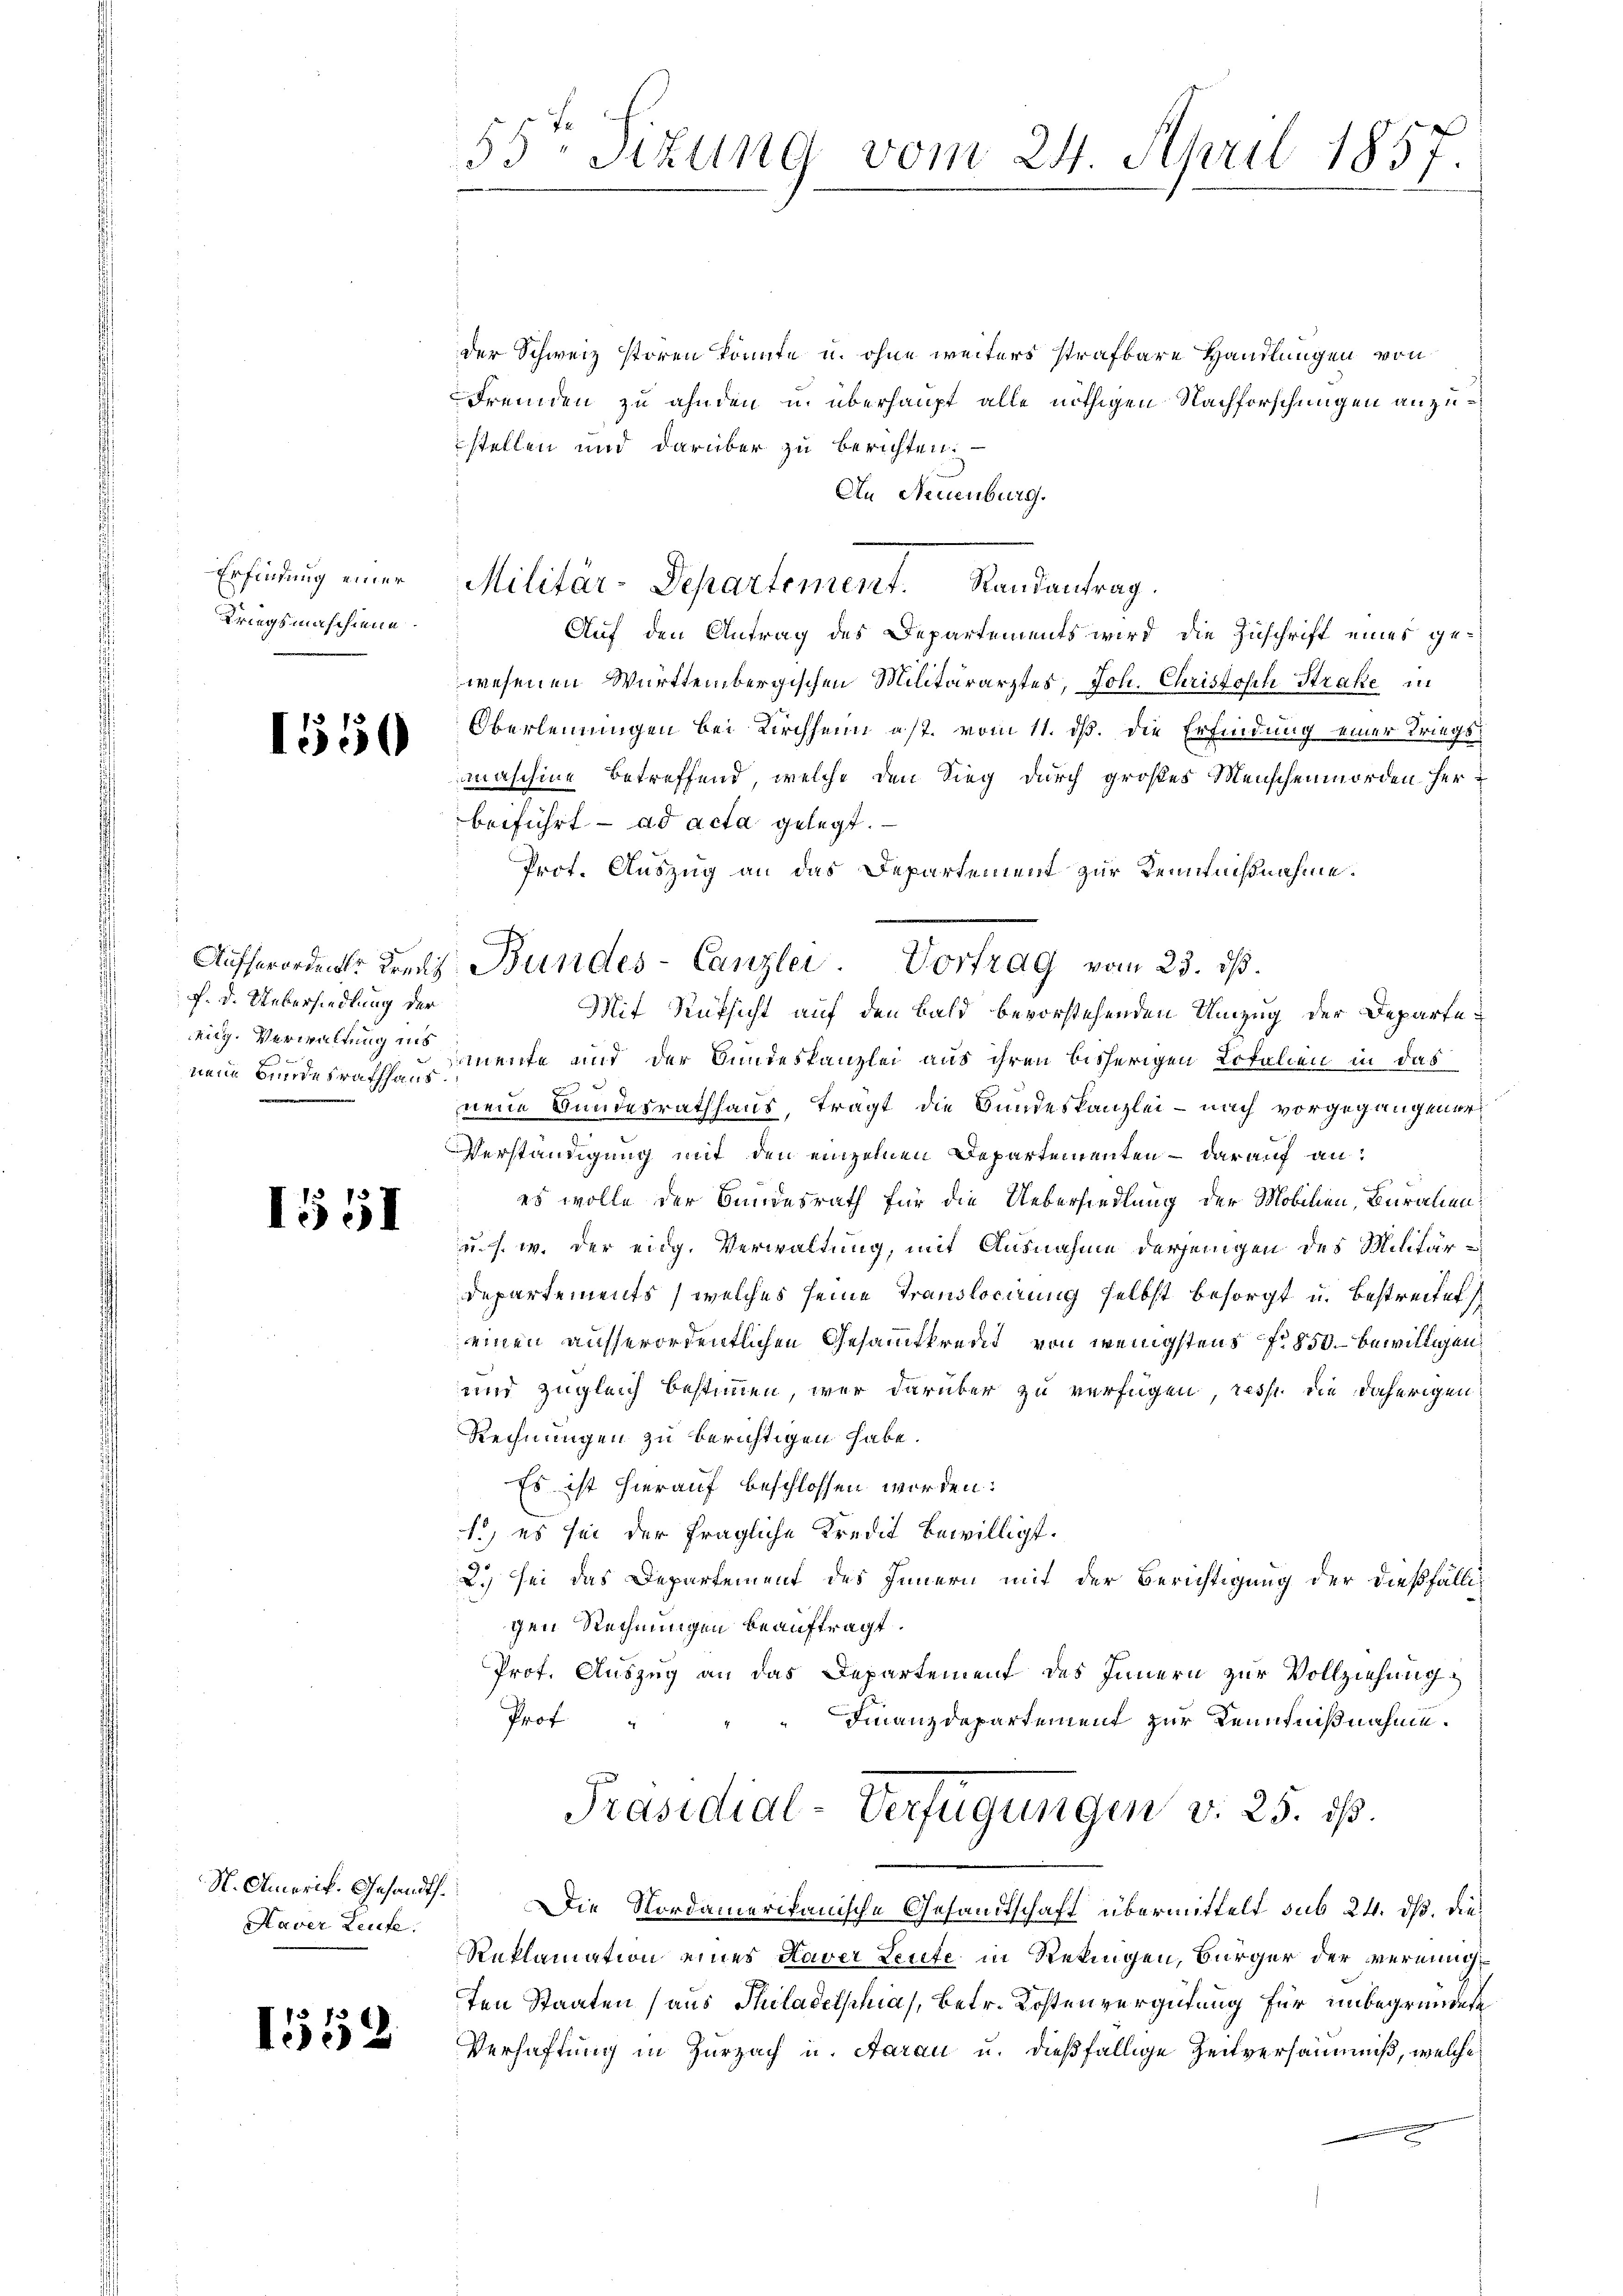
Kriegsmaschiene.

1550

f. d. Uebersiedlung der
nig. Verwaltung ins

1551

Haver Laufe.

55ten Sizung vom 24. April 1857.

der Schweiz stören könnte u. ohne weiters strafbare Handlungen von
Fremden zu ahnden u. überhaupt alle nöthigen Nachforschungen anzustellen und darüber zu berichten.
An Neuenburg.
Auf den Antrag des Departements wird die Zuschrift eines gewesenen Württembergischen Militärarztes, Joh. Christoph Strafe in
Oberleinungen bei Kirchheim est vom 11. dß. die Erfindung einer Kriegsmaschine betreffend, welche den Sieg durch großes Menschenmorden herbeiführt ad acta gelegt.
Prof. Auszug an das Departement zur Kenntnißnahme.
Mit Rüksicht auf den Bald bevorstehenden Umzug der Departeneue Bundesrathschen mente und der Bundeskanzlei aus ihren bisherigen Lotalien in das
neue Bundesrathhaus, trägt die Bundeskanzlei - nach vorgegangener
Verständigung mit den einzelnen Departementen – darauf an:
es wolle der Bundesrath für die Uebersiedlung der Mobilien, Buralien:
u. s. w. der eidg. Verwaltung, mit Ausnahme derjenigen des Militär¬
Departements (welches seine Translocirung selbst besorgt u. bestreitet
einen ausserordentlichen Gesammtkredet, von wenigstens No 850 bewilligen
und zugleich bestimmen, wer darüber zu verfügen, resse die daherigen
Rechnungen zu berichtigen habe.
Es ist hierauf beschlossen worden:
1) es sei der fragliche Kredit bewilligt.
2) sei das Departement des Innern mit der Berichtigung der dießfälligen Rechnungen beauftragt.
Prot. Auszug an das Departement des Innern zur Vollziehung
Prof.
Finanzdepartement zur Kenntnißnahme.
Präsidial-Verfügungen v. 25. ist.
N. Amerik. Gesandt. Die Nordamerikanische Gesandtschaft übermittelt sub 24. ds. die¬
Reklamation eines Haver Leute in Rekingen, Bürger der vereinigt
ten Staaten (aus Thiladelphia), Betr. Kostenvergütung für unbegründete
 Verhaftung in Zurzach u. Aarau u. dießfällige Zeitversäumniß, welche

Erfindung einer Militär-Departement. Landantrag.

Ausserordents drauf Bundes-Canzlei. Vortrag vom 23. ds.